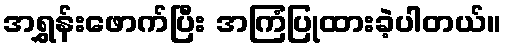
အရွှန်းဖောက်ပြီး အကြံပြုထားခဲ့ပါတယ်။